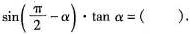
$$\sin ( \frac{ \pi }{2}- \alpha ) \cdot \tan \alpha =（）$$.